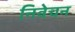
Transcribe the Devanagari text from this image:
निवेचन